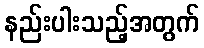
နည်းပါးသည့်အတွက်